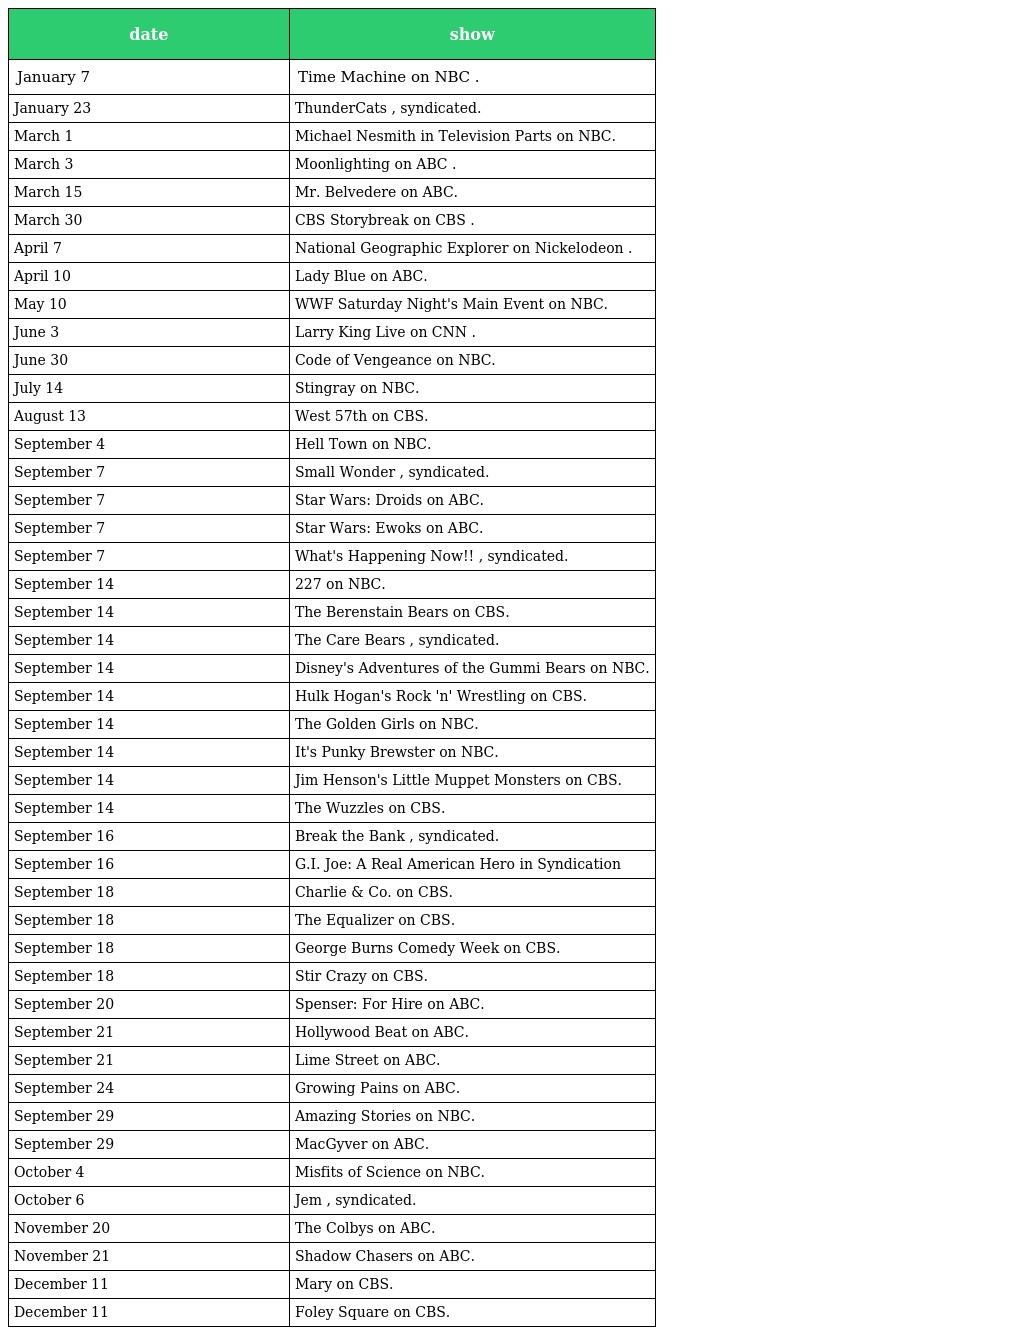
| date | show |
 | --- | --- |
 | January 7 | Time Machine on NBC . |
 | January 23 | ThunderCats , syndicated. |
 | March 1 | Michael Nesmith in Television Parts on NBC. |
 | March 3 | Moonlighting on ABC . |
 | March 15 | Mr. Belvedere on ABC. |
 | March 30 | CBS Storybreak on CBS . |
 | April 7 | National Geographic Explorer on Nickelodeon . |
 | April 10 | Lady Blue on ABC. |
 | May 10 | WWF Saturday Night's Main Event on NBC. |
 | June 3 | Larry King Live on CNN . |
 | June 30 | Code of Vengeance on NBC. |
 | July 14 | Stingray on NBC. |
 | August 13 | West 57th on CBS. |
 | September 4 | Hell Town on NBC. |
 | September 7 | Small Wonder , syndicated. |
 | September 7 | Star Wars: Droids on ABC. |
 | September 7 | Star Wars: Ewoks on ABC. |
 | September 7 | What's Happening Now!! , syndicated. |
 | September 14 | 227 on NBC. |
 | September 14 | The Berenstain Bears on CBS. |
 | September 14 | The Care Bears , syndicated. |
 | September 14 | Disney's Adventures of the Gummi Bears on NBC. |
 | September 14 | Hulk Hogan's Rock 'n' Wrestling on CBS. |
 | September 14 | The Golden Girls on NBC. |
 | September 14 | It's Punky Brewster on NBC. |
 | September 14 | Jim Henson's Little Muppet Monsters on CBS. |
 | September 14 | The Wuzzles on CBS. |
 | September 16 | Break the Bank , syndicated. |
 | September 16 | G.I. Joe: A Real American Hero in Syndication |
 | September 18 | Charlie & Co. on CBS. |
 | September 18 | The Equalizer on CBS. |
 | September 18 | George Burns Comedy Week on CBS. |
 | September 18 | Stir Crazy on CBS. |
 | September 20 | Spenser: For Hire on ABC. |
 | September 21 | Hollywood Beat on ABC. |
 | September 21 | Lime Street on ABC. |
 | September 24 | Growing Pains on ABC. |
 | September 29 | Amazing Stories on NBC. |
 | September 29 | MacGyver on ABC. |
 | October 4 | Misfits of Science on NBC. |
 | October 6 | Jem , syndicated. |
 | November 20 | The Colbys on ABC. |
 | November 21 | Shadow Chasers on ABC. |
 | December 11 | Mary on CBS. |
 | December 11 | Foley Square on CBS. |